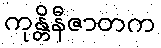
ကုန္တိနီဇာတက